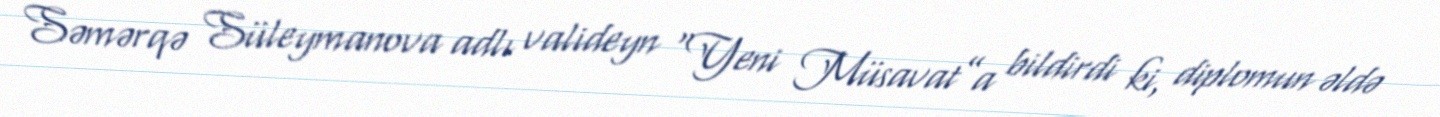
Səmərqə Süleymanova adlı valideyn “Yeni Müsavat”a bildirdi ki, diplomun əldə